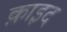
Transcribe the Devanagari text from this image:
क़ाइद